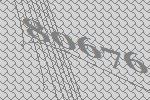
80676